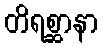
တိရစ္ဆာနာ